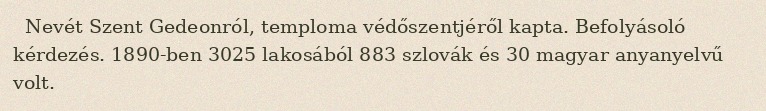
Nevét Szent Gedeonról, temploma védőszentjéről kapta. Befolyásoló kérdezés. 1890-ben 3025 lakosából 883 szlovák és 30 magyar anyanyelvű volt.